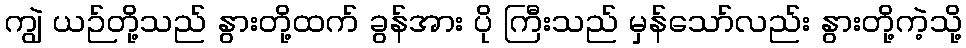
ကျွဲ ယဉ်တို့သည် နွားတို့ထက် ခွန်အား ပို ကြီးသည် မှန်သော်လည်း နွားတို့ကဲ့သို့